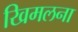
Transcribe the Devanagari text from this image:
खिमलना